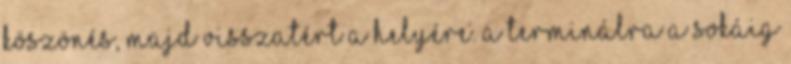
köszönés, majd visszatért a helyére. A terminálra a SOKÁIG